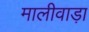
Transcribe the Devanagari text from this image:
मालीवाड़ा